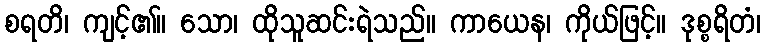
စရတိ၊ ကျင့်၏။ သော၊ ထိုသူဆင်းရဲသည်။ ကာယေန၊ ကိုယ်ဖြင့်။ ဒုစ္စရိတံ၊